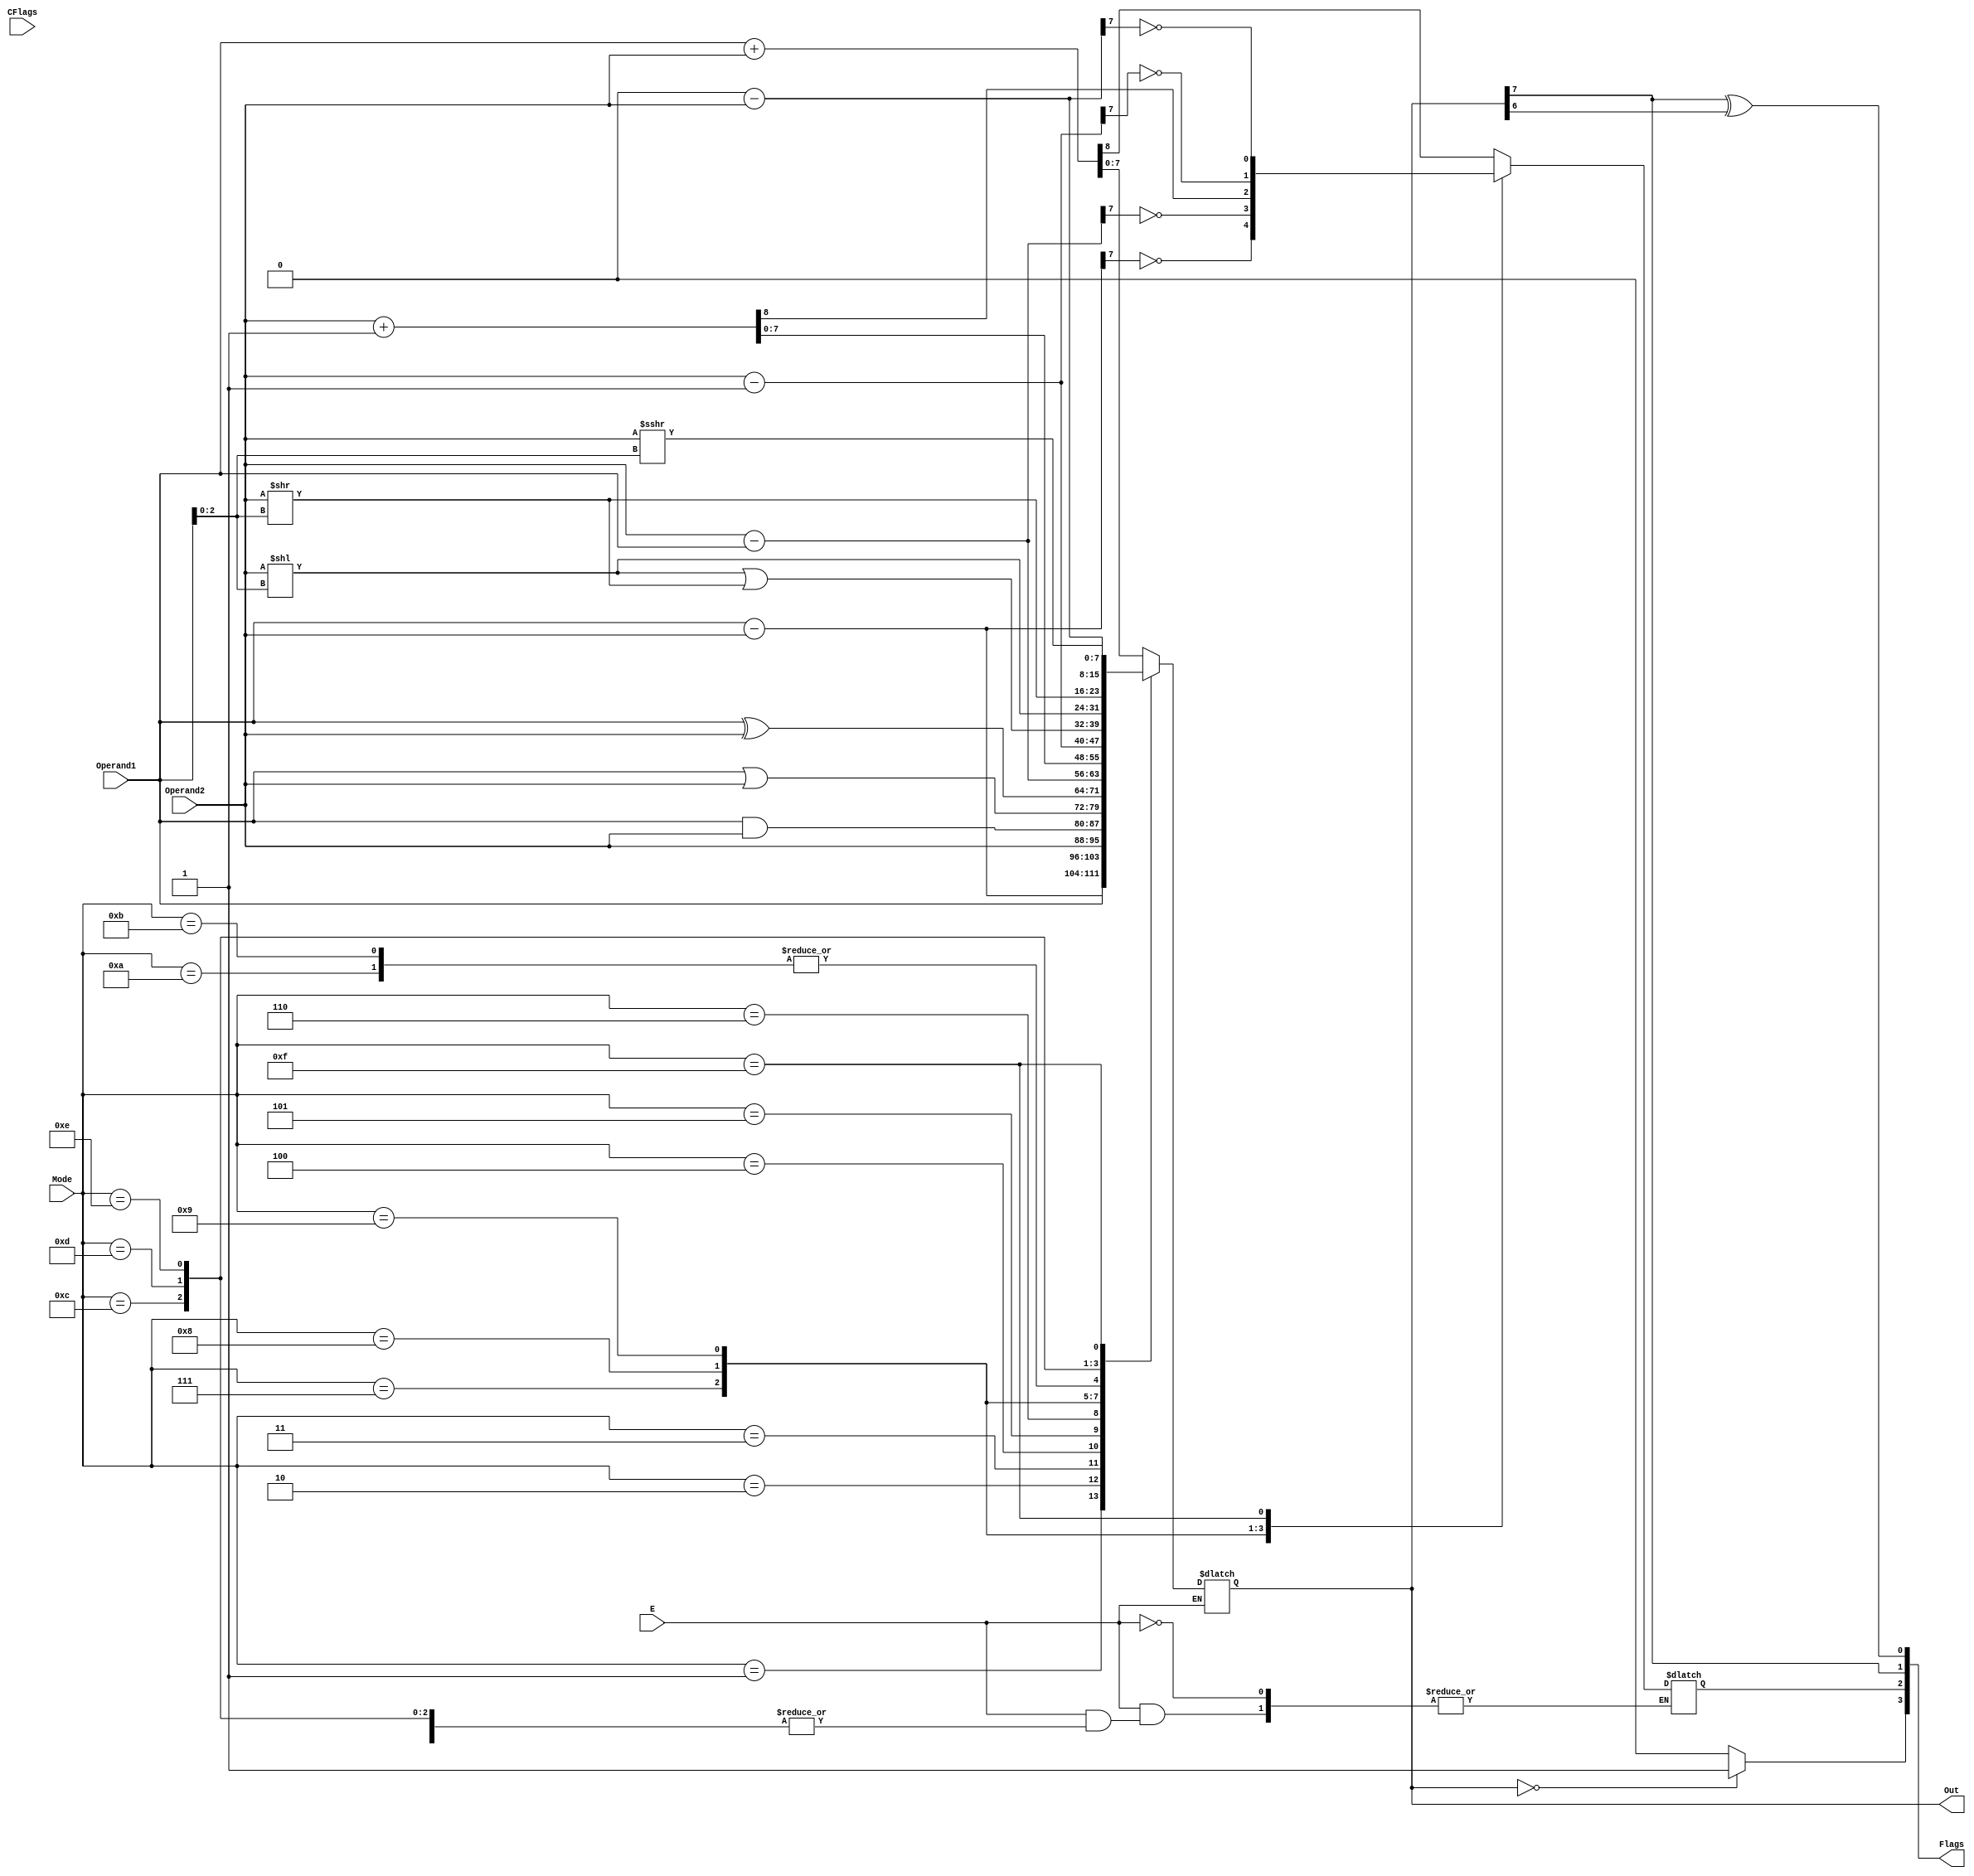
`timescale 1ns / 1ps
//////////////////////////////////////////////////////////////////////////////////
// Company: NATIONAL INSTITUTE OF TECHNOLOGY WARANGAL
// 
// Design Name: 
// Module Name: ALU
//////////////////////////////////////////////////////////////////////////////////


module ALU(Operand1,Operand2,E,Mode,CFlags,Out,Flags);

// Dexlaring the ports and their parameters
input [7:0] Operand1,Operand2;
input E; // Enable input for ALU
input [3:0] Mode; // Selecting the mode of operation (Binary encoding IR[7:4])
input [3:0] CFlags; // Current status of the flags (Z,C,S,O - MSB to LSB format)
output [7:0] Out; // Output of the ALU after performing operation
output [3:0] Flags; // Output of ALU for changing flags (Z,C,S,O - MSB to LSB format)

wire Z,S,O;
reg CarryOut;
reg [7:0] Out_ALU;

always @(*)
if (E == 1)
begin
case(Mode) // IR[7:4] = Mode
    4'b0000:    {CarryOut,Out_ALU} = Operand1 + Operand2; // Addition Operation
    4'b0001:    begin  // SUBAM Operation
                        Out_ALU = Operand1 - Operand2;
                        CarryOut = !Out_ALU[7];
                end 
    4'b0010:    Out_ALU = Operand1; // MOVAM 
    4'b0011:    Out_ALU = Operand2; // MOVMA
    4'b0100:    Out_ALU = Operand1 & Operand2; // Bitwise AND Operation
    4'b0101:    Out_ALU = Operand1 | Operand2; // Bitwise OR Operation
    4'b0110:    Out_ALU = Operand1 ^ Operand2; // Bitwise XOR Operation
    4'b0111:    begin // SUBMA Operation
                        Out_ALU = Operand2 - Operand1;
                        CarryOut = !Out_ALU[7];
                end
    4'b1000:    {CarryOut,Out_ALU} = Operand2 + 8'h1; // INCREAMENT Operation       
    4'b1001:    begin // DECREAMENT Operation 
                        Out_ALU = Operand2 - 8'h1;
                        CarryOut = !Out_ALU[7];
                end
    4'b1010:    Out_ALU = (Operand2 << Operand1[2:0]) | (Operand2 >> Operand1[2:0]); // ROTATE LEFT OPERATION
    4'b1011:    Out_ALU = (Operand2 >> Operand1[2:0]) | (Operand2 << Operand1[2:0]); // ROTATE RIGHT OPERATION
    4'B1100:    Out_ALU = Operand2 << Operand1[2:0]; // SHIFT LEFT LOGICAL OPERATION
    4'b1101:    Out_ALU = Operand2 >> Operand1[2:0]; // SHIFT RIGHT LOGICAL OPERATION
    4'b1110:    Out_ALU = Operand2 >>> Operand1[2:0]; // SHIFT RIGHT ARITHMETIC OPERATION
    4'b1111:    begin // COMPLIMENT OPERATION
                      Out_ALU = 8'h0 - Operand2;
                        CarryOut = !Out_ALU[7];
                end  
    default:    Out_ALU = Operand2;  
                
endcase
end

assign O = Out_ALU[7] ^ Out_ALU[6];
assign Z = (Out_ALU == 0)? 1'b1 : 1'b0;
assign S = Out_ALU[7];
assign Flags = {Z,CarryOut,S,O};
assign Out = Out_ALU;
endmodule